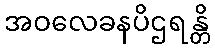
အဝလေခနပိဌရန္တိ